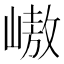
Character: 㠂